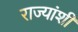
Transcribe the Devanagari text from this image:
राज्‍यांशी